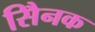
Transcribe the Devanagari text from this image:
सैिनक